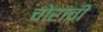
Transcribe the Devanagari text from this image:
चोरांची